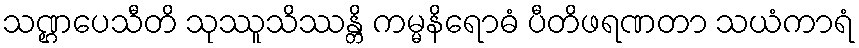
သဏ္ဌပေသီတိ သုဿူသိဿန္တိ ကမ္မနိရောဓံ ပီတိဖရဏတာ သယံကာရံ